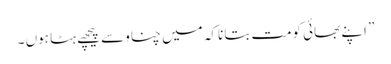
” اپنے بھائی کومت بتانا کہ میں چناو سے پیچھے ہٹا ہوں ۔